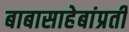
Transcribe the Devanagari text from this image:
बाबासाहेबांप्रती